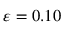
\varepsilon = 0 . 1 0